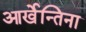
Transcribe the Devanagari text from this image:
आर्खेन्तिना